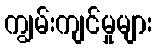
ကျွမ်းကျင်မှုများ